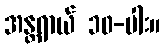
အန္တရာယ် ၁၀-ပါး။